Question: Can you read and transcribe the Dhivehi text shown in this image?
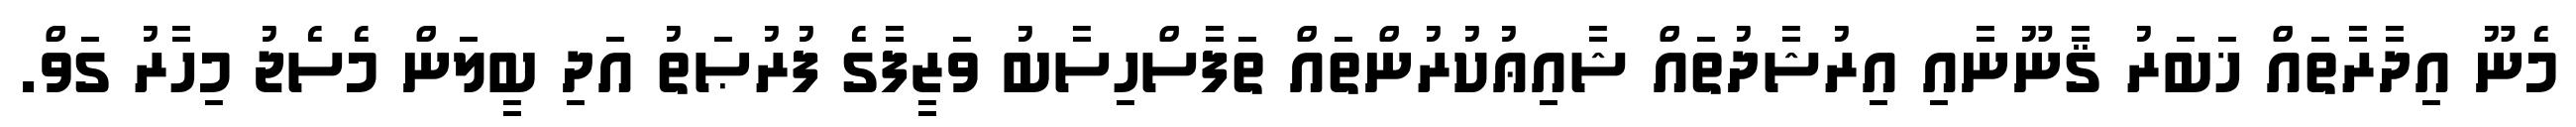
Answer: މެނޫ އިދާރާތައް ޚަބަރު ޤާނޫނާއި އިރުޝާދުތައް ޝާއިޢުކުރުންތައް ތަފާސްހިސާބު ވަޒީފާގެ ފުރުޞަތު އަދި ބީލަން މެސެޖު މިހާރު ގަވް.